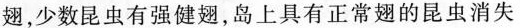
翅，少数昆虫有强健翅，岛上具有正常翅的昆虫消失